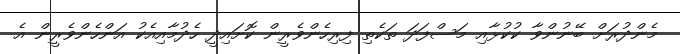
މެންދުރަށް ބޭނުންވާ ކުކުޅާއި މަސްފަދަ ތަކެތި ފިރިހެންވެރީން ކޮށައިދީ ހެދުމާއިއެކު އަންހެންވެރީން އެ